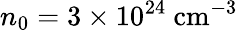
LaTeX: n_{0}=3\times 10^{24}\ \mathrm{cm^{-3}}